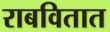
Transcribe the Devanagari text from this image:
राबवितात